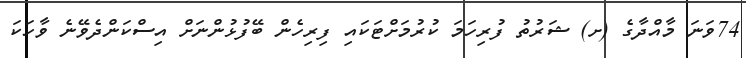
74ވަނަ މާއްދާގެ (ށ) ޝަރުތު ފުރިހަމަ ކުރުމަށްޓަކައި ފިރިހެން ބޭފުޅުންނަށް އިސްކަންދެވޭނެ ވާހަކަ